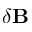
\delta \mathbf { B }